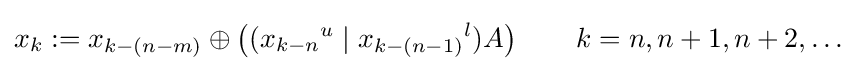
x_{k}:=x_{k-(n-m)}\oplus \left(({x_{k-n}}^{u}\mid {x_{k-(n-1)}}^{l})A\right)\qquad k=n,n+1,n+2,\ldots